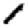
Digit: 1